Civil Veterinary Dept. Bombay admin report 1923-31 - 1923-1931
Year: 1923
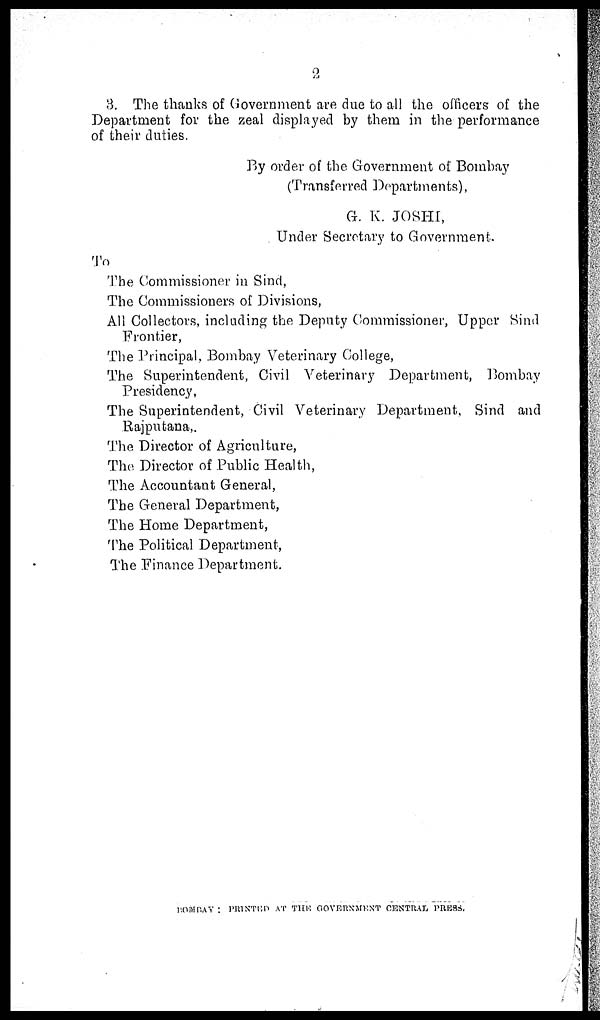
2
3. The thanks of Government are due to all the officers of the
Department for the zeal displayed by them in the performance
of their duties.
By order of the Government of Bombay
(Transferred Departments),
G. K. JOSHI,
Under Secretary to Government.
To
The Commissioner in Sind,
The Commissioners of Divisions,
All Collectors, including the Deputy Commissioner, Upper Sind
Frontier,
The Principal, Bombay Veterinary College,
The Superintendent, Civil Veterinary Department, Bombay
Presidency,
The Superintendent, Civil Veterinary Department, Sind and
Rajputana,.
The Director of Agriculture,
The Director of Public Health,
The Accountant General,
The General Department,
The Home Department,
The Political Department,
The Finance Department.
BOMBAY : PRINTED AT THE GOVERNMENT CENTRAL PRESS.